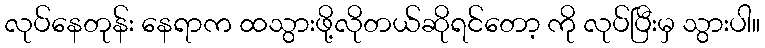
လုပ်နေတုန်း နေရာက ထသွားဖို့လိုတယ်ဆိုရင်တော့ ကို လုပ်ပြီးမှ သွားပါ။